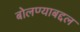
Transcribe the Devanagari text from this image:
बोलण्याबद्दल